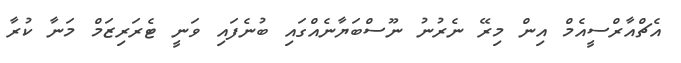
އެޗްއާރްސީއެމް އިން މިރޭ ނެރުނު ނޫސްބަޔާނެއްގައި ބުނެފައި ވަނީ ޓެރަރިޒަމް މަނާ ކުރާ